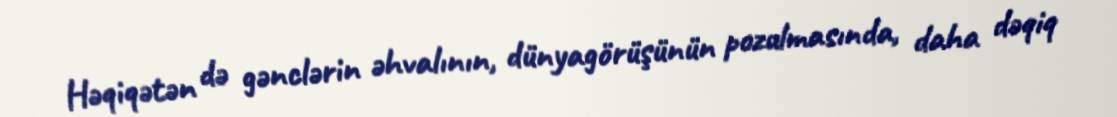
Həqiqətən də gənclərin əhvalının, dünyagörüşünün pozulmasında, daha dəqiq